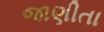
જાણીતા